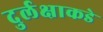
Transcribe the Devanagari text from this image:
दुर्लक्षाकडे